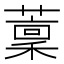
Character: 𦼹